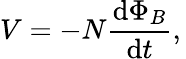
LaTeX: V=-N{\frac{\mathrm{d}\Phi_{B}}{\mathrm{d}t}},\,